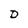
Character: D